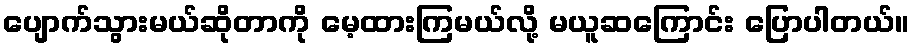
ပျောက်သွားမယ်ဆိုတာကို မေ့ထားကြမယ်လို့ မယူဆကြောင်း ပြောပါတယ်။